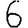
Digit: 6